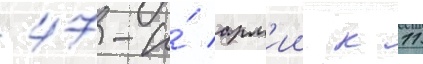
47-и́ арм'ии к 11